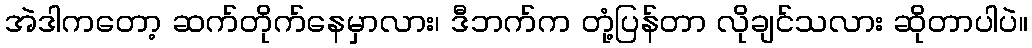
အဲဒါကတော့ ဆက်တိုက်နေမှာလား၊ ဒီဘက်က တုံ့ပြန်တာ လိုချင်သလား ဆိုတာပါပဲ။